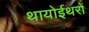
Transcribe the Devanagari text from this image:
थायोईथरों